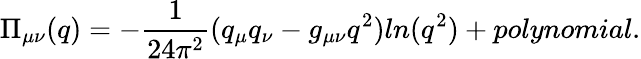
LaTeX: \Pi_{\mu\nu}(q)=-\frac{1}{24\pi^{2}}(q_{\mu}q_{\nu}-g_{\mu\nu}q^{2})ln(q^{2})+polynomial.